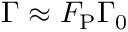
\Gamma \approx F _ { \mathrm { P } } \Gamma _ { 0 }